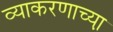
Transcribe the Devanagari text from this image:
व्याकरणाच्या़